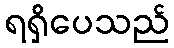
ရရှိပေသည်